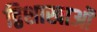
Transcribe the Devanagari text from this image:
द्विशाखाओं